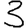
Digit: 3